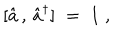
[ { \hat { a } } \, , \, { \hat { a } } ^ { \dagger } ] \; = \; 1 \; ,